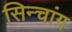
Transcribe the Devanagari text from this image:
सिन्चांग